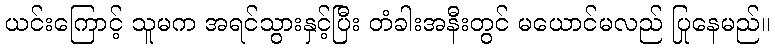
ယင်းကြောင့် သူမက အရင်သွားနှင့်ပြီး တံခါးအနီးတွင် မယောင်မလည် ပြုနေမည်။